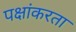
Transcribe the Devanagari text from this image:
पक्षांकरता